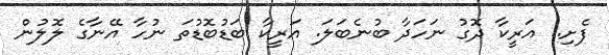
ފެށި.. އަރީކާ ދޮގު ނަހަދާ ބުނެބަލަ. އަރީކާ ބަޑުބޮޑުތަ ނުހާ އޭނާގެ ލޮލުން